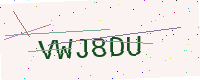
Text: VWJ8DU